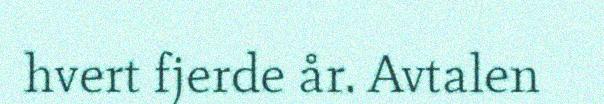
hvert fjerde år. Avtalen